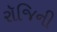
રૉજિની